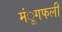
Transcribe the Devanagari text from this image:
मंूगफली